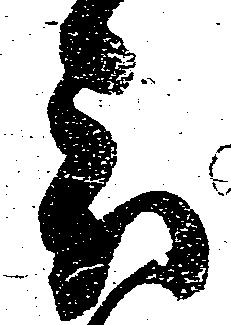
被